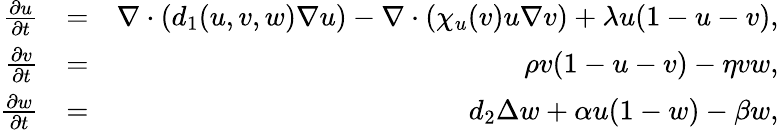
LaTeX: \begin{array}{rlr}{\frac{\partial u}{\partial t}}&{=}&{\nabla\cdot(d_{1}(u,v,w)\nabla u)-\nabla\cdot(\chi_{u}(v)u\nabla v)+\lambda u(1-u-v),}\\ {\frac{\partial v}{\partial t}}&{=}&{\rho v(1-u-v)-\eta vw,}\\ {\frac{\partial w}{\partial t}}&{=}&{d_{2}\Delta w+\alpha u(1-w)-\beta w,}\end{array}